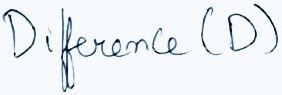
Text: Difference (D)